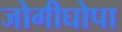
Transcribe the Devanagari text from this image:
जोगीघोपा